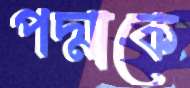
পদ্মাকে